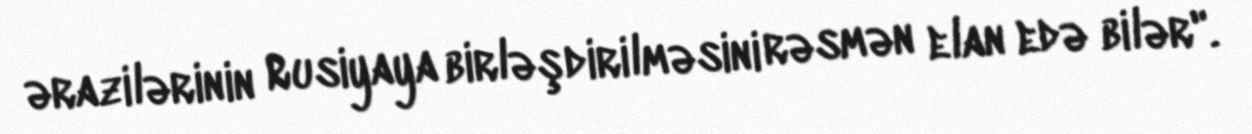
ərazilərinin Rusiyaya birləşdirilməsini rəsmən elan edə bilər".